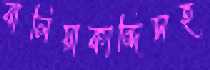
বালিয়াকান্দিসহ